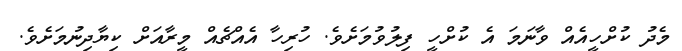
މެދު ކުށްހީއެއް ވާނަމަ އެ ކުށްހީ ފިލުވުމަށެވެ. ހުރިހާ އެއްޗެއް މީރާއަށް ކިޔާދިނުމަށެވެ.